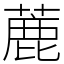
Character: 蔍